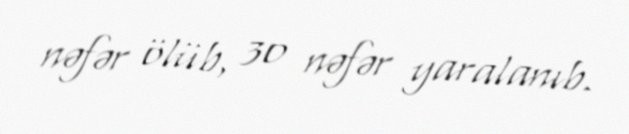
nəfər ölüb, 30 nəfər yaralanıb.